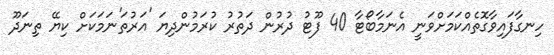
ހިނގާފައިވާގޮތެއްކަމަށްވަނީ އެނަމާބޯޓާ 40 ފޫޓު ދުރުން ދަތުރު ކުރަމުންދިޔަ 'އަރުތަ'ނަމަކަށް ކިޔޭ ތިނަދޫ